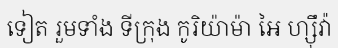
ទៀត រួមទាំង ទីក្រុង កូរិយ៉ាម៉ា អៃ ហ្ស៊ឹវ៉ា